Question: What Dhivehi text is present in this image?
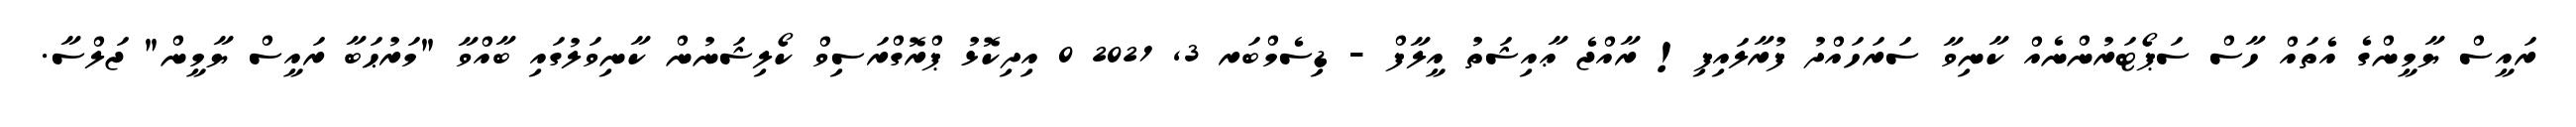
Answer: ރައީސް ޔާމީންގެ އެތައް ހާސް ސަޕޯޓަރުންނެއް ކާނިވާ ސަރަހައްދު ފުރާލައިފި! ރާއްޖެ ޢާއިޝަތު އީލާފް - ޑިސެމްބަރ 3, 2021 0 އިދިކޮޅު ޕްރޮގްރަސިވް ކޯލިޝަނުން ކާނިވަލުގައި ބާއްވާ "މަރުޙަބާ ރައީސް ޔާމީން" ޖަލްސާ.